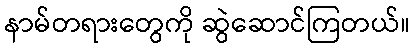
နာမ်တရားတွေကို ဆွဲဆောင်ကြတယ်။